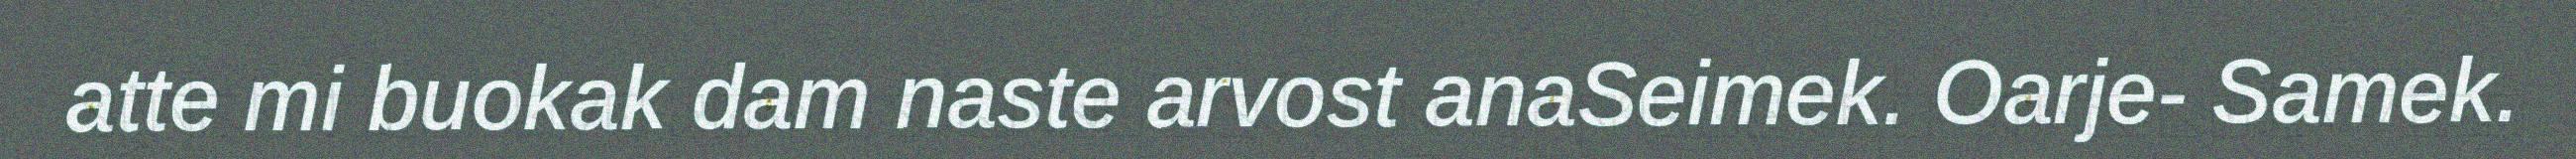
atte mi buokak dam naste arvost anaSeimek. Oarje- Samek.